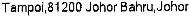
TAMPOI,81200 JOHOR BAHRU,JOHOR